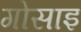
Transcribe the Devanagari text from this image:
गोसाइ